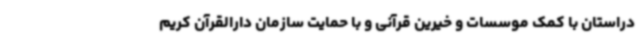
دراستان با کمک موسسات و خیرین قرآنی و با حمایت سازمان دارالقرآن کریم